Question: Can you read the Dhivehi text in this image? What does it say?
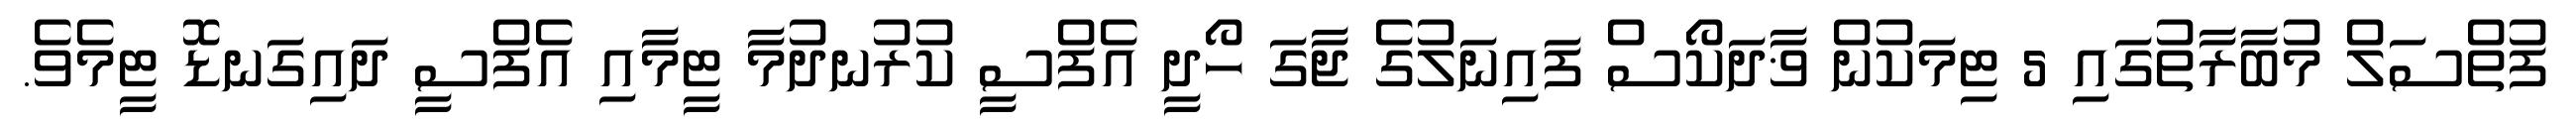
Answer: ފުތްސަލް މުބާރާތުގައި 5 ޓިމަކުން ޥާދަކޯސް ފައިނަލުގެ ޖާގަ ހޯދީ އެފްސީ ކުރުނދުމާ ޓީމާއި އެފްސީ ދައިގަނޑޮ ޓީމެވެ.